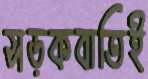
সড়কবাতিই